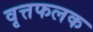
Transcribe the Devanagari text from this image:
वृत्तफलक